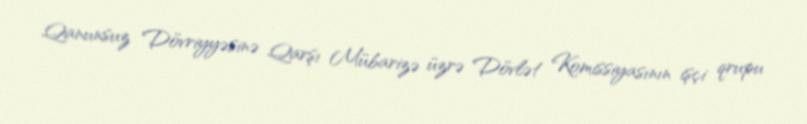
Qanunsuz Dövriyyəsinə Qarşı Mübarizə üzrə Dövlət Komissiyasının işçi qrupu